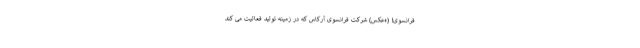
فرانسوی! (+عکس) شرکت فرانسوی آرکاس که در زمینه تولید فعالیت می کند